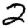
Digit: 2